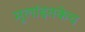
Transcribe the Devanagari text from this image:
मुलांइतकेच